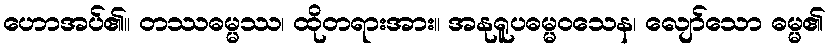
ဟောအပ်၏။ တဿဓမ္မဿ၊ ထိုတရားအား။ အနုရူပဓမ္မဝသေန၊ လျော်သော ဓမ္မ၏